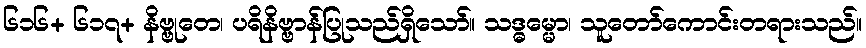
၆၁၆+ ၆၁၇+ နိဗ္ဗုတေ၊ ပရိနိဗ္ဗာန်ပြုသည်ရှိသော်။ သဒ္ဓမ္မော၊ သူတော်ကောင်းတရားသည်။